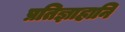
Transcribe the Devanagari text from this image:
प्रतिज्ञाहानि